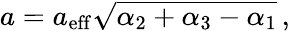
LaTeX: a=a_{\mathrm{eff}}\sqrt{\alpha_{\mathrm{2}}+\alpha_{\mathrm{3}}-\alpha_{\mathrm{1}}}\, ,